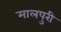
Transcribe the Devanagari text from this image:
मालपुरी